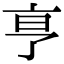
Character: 𬽉